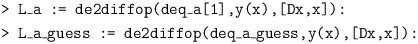
LaTeX: \begin{align*} &\texttt{> L\_a := de2diffop(deq\_a[1],y(x),[Dx,x]):}\\ &\texttt{> L\_a\_guess := de2diffop(deq\_a\_guess,y(x),[Dx,x]):}\end{align*}